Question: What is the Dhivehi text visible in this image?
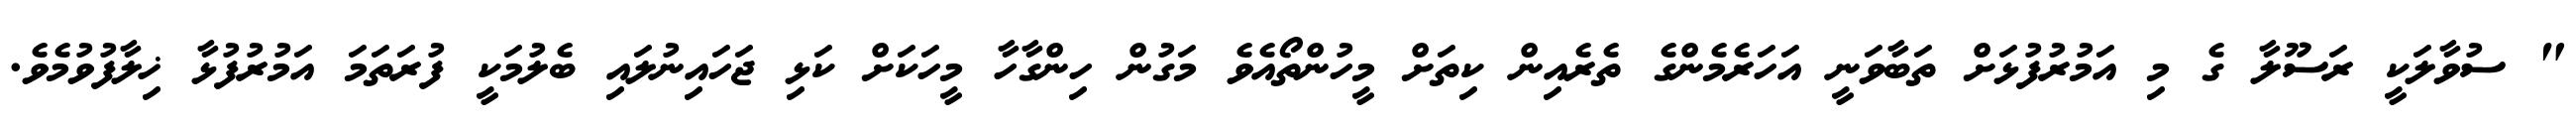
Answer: " ސުވާލަކީ ރަސޫލާ ގެ މި އަމުރުފުޅަށް ތަބާވަނީ އަހަރެމެންގެ ތެރެއިން ކިތަށް މީހުންތޯއެވެ މަގުން ހިންގާހާ މީހަކަށް ކަޅި ޖަހައިނުލައި ބެލުމަކީ ފުރަތަމަ އަމުރުފުޅާ ޚިލާފުވުމެވެ.